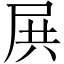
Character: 𡱒